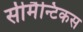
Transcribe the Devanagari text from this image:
सीमैन्टिकस